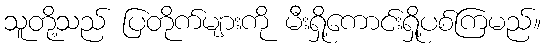
သူတို့သည် ပြတိုက်များကို မီးရှို့ကောင်းရှို့ပစ်ကြမည်။